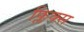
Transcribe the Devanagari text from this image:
फ्लिक्स